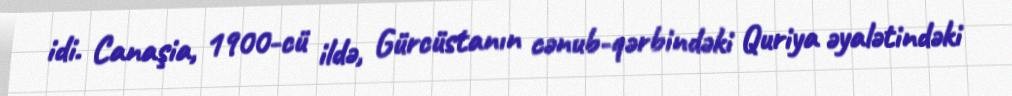
idi. Canaşia, 1900-cü ildə, Gürcüstanın cənub-qərbindəki Quriya əyalətindəki